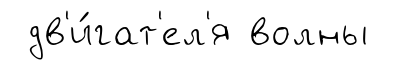
дв'и́гат'ел'я волны